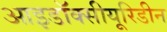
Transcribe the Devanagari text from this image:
आइडॉक्सीयूरिडीन